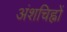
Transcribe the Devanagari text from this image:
अंशचिह्नों